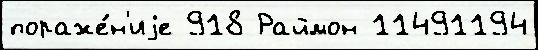
пораже́н'иjе 918 Раймон 11491194